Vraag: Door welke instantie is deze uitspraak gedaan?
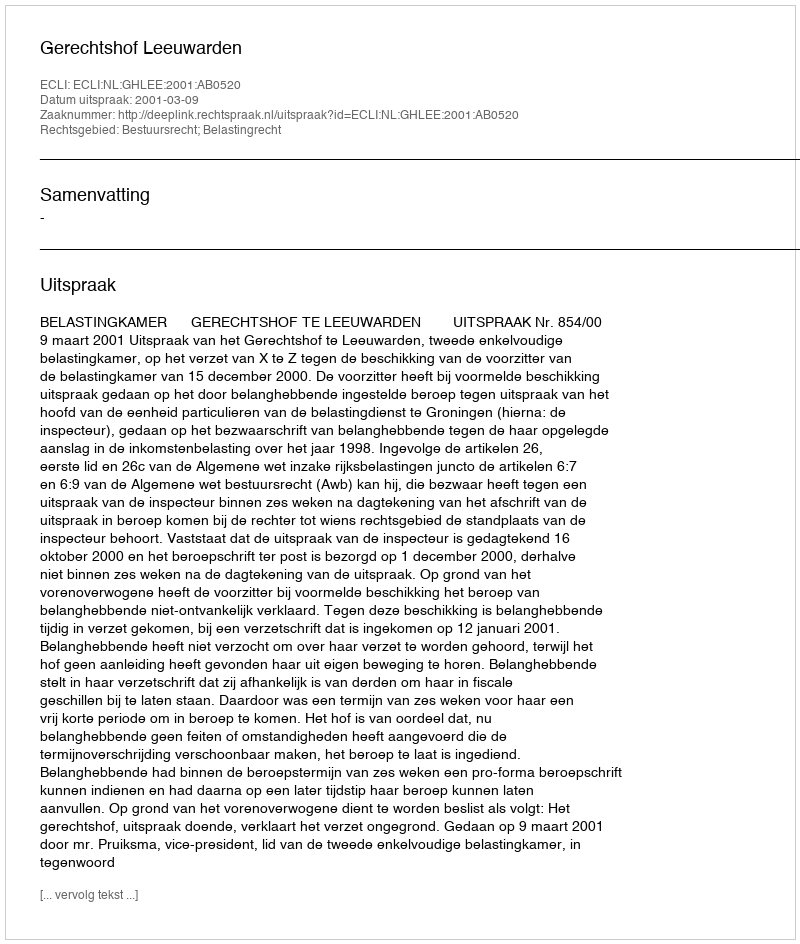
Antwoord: Gerechtshof Leeuwarden